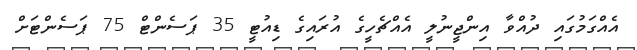
އެއްގަމުގައި ދުއްވާ އިންޖީނުލީ އެއްޗެހީގެ އުރައިގެ ޑިއުޓީ 35 ޕަސެންޓް 75 ޕަސެންޓަށް